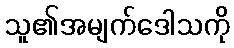
သူ၏အမျက်ဒေါသကို